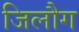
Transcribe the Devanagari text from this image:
जिलौग